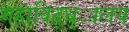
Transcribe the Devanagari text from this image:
महाविद्ध्ालय